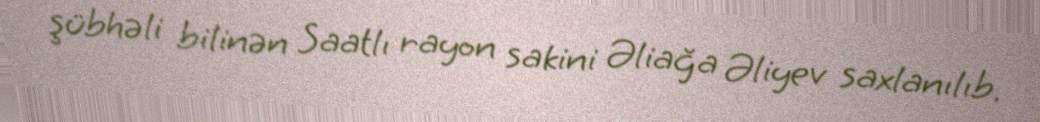
şübhəli bilinən Saatlı rayon sakini Əliağa Əliyev saxlanılıb.